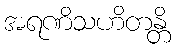
အရဏိသဟိတန္တိ